system: You are a helpful assistant.
user:
Analyze the provided spectrum to determine if it is a **White Dwarf (WD)**.

A White Dwarf spectrum is defined by its **extreme purity** (due to gravitational settling) and/or **extreme pressure broadening** (due to high surface gravity). You must check for one of the following mutually exclusive signatures:

- **Key Visual Indicators (Check for ONE of these types):**

    - **1. DA-Type Signature (Most Common):**
        - **(Primary Feature):** Extreme pressure broadening (Stark broadening) of the **Hydrogen (H) Balmer lines**.
        - **(Key Lines):** $H\beta$ (approx. $4861$ Å) and $H\gamma$ (approx. $4340$ Å). $H\alpha$ (approx. $6563$ Å) will also be present if the wavelength range covers it.
        - **(Line Profile):** This is the **defining feature**. The lines are **NOT** sharp. They appear as massive, **extremely broad and deep "troughs" or "dips"** in the spectrum, often hundreds of Ångströms wide. The continuum will appear to "scoop" down at these wavelengths.
        - **(Distinction):** Normal A-type or B-type stars have *narrow* and *sharp* Hydrogen lines. A DA White Dwarf's lines are unmistakably "smeared" or "blurry" from pressure.

    - **2. DB-Type Signature:**
        - **(Primary Feature):** Broad absorption lines from **Neutral Helium (He I)**. The spectrum must lack any visible Hydrogen lines.
        - **(Key Lines):** Look for broad absorption near $4471$ Å, $4921$ Å, and $5876$ Å.
        - **(Line Profile):** These lines are also significantly pressure-broadened, appearing much wider than they would in a normal B-type main-sequence star.

    - **3. DC-Type Signature:**
        - **(Primary Feature):** A **featureless continuous spectrum**.
        - **(Line Profile):** The spectrum is a smooth curve with **no significant absorption or emission lines**.
        - **(Key Confirmation):** The continuum is almost always **blue or white**, indicating a hot object. This signature implies the atmosphere is so pure (or so cool) that no spectral lines are visible in the optical range. Its WD identity is confirmed by its extremely low intrinsic brightness (high absolute magnitude).

    - **4. DZ-Type Signature (Metal-Polluted):**
        - **(Primary Feature):** **Isolated, narrow metal absorption lines** on an otherwise featureless (DC-like) continuum.
        - **(Key Lines):** The **Calcium (Ca II) H & K doublet** (approx. **$3934$ Å** and **$3968$ Å**) is the most common and defining feature.
        - **(Line Profile):** These lines are "out of place." They are *not* part of a "forest" of thousands of lines. This signature is evidence of recent *accretion* (pollution) from rocky debris.
        - **(Distinction):** Normal G/K/M stars have a *dense forest* of thousands of metal lines. A DZ has a *clean* continuum with *only a few* strong metal lines.

    - **5. DQ-Type Signature (Carbon-Polluted):**
        - **(Primary Feature):** Absorption bands from **Carbon (C₂ "Swan Bands" or atomic C I)**.
        - **(Key Lines - C₂):** Look for bandheads with a "saw-tooth" shape near $5635$ Å, **$5165$ Å** (strongest), and $4737$ Å.
        - **(Key Confirmation):** The underlying **continuum must be blue or white** (hot).
        - **(Distinction):** This is the critical difference from a **Carbon Star**, which has the *exact same* C₂ bands but on an extremely **red, cool** continuum.

- **(Overall Spectrum):**
    - The continuum (overall shape) is typically **blue-sloping** (brighter in the blue than the red), as most white dwarfs are very hot.
    - The spectrum will look "pure" or "simple," dominated by only *one* of the five signatures listed above.

Think first, call **spectral_visualization_tool** if needed to examine features in detail, then provide your final answer. Your response must adhere to the following strict rules:
1.  **Overall Structure:** Your response must follow the format `<think>...</think> <tool_call>...</tool_call> (if a tool is used) <answer>...</answer>`.
2.  **Tool Usage Constraint:** You may only make **one** tool call per turn.
3.  **Final Answer Format:** In the `<answer>` tag, your conclusion must be inside a `\boxed{}` command (e.g., `\boxed{YES}` or `\boxed{NO}`), followed by your justification.

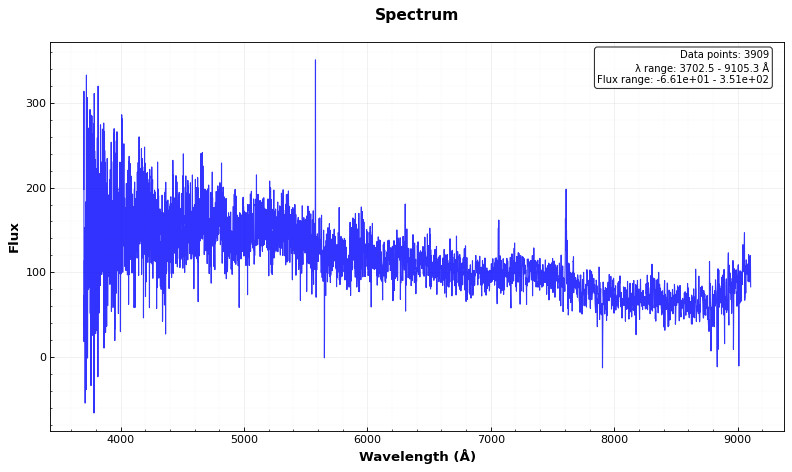
Answer: YES